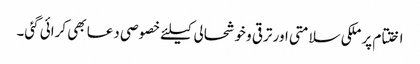
اختتام پر ملکی سلامتی اور ترقی و خوشحالی کیلئے خصوصی دعا بھی کرائی گئی۔